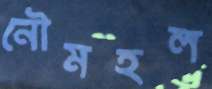
নৌমহল